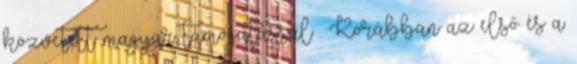
közvetett magyar támogatással . Korábban az első és a